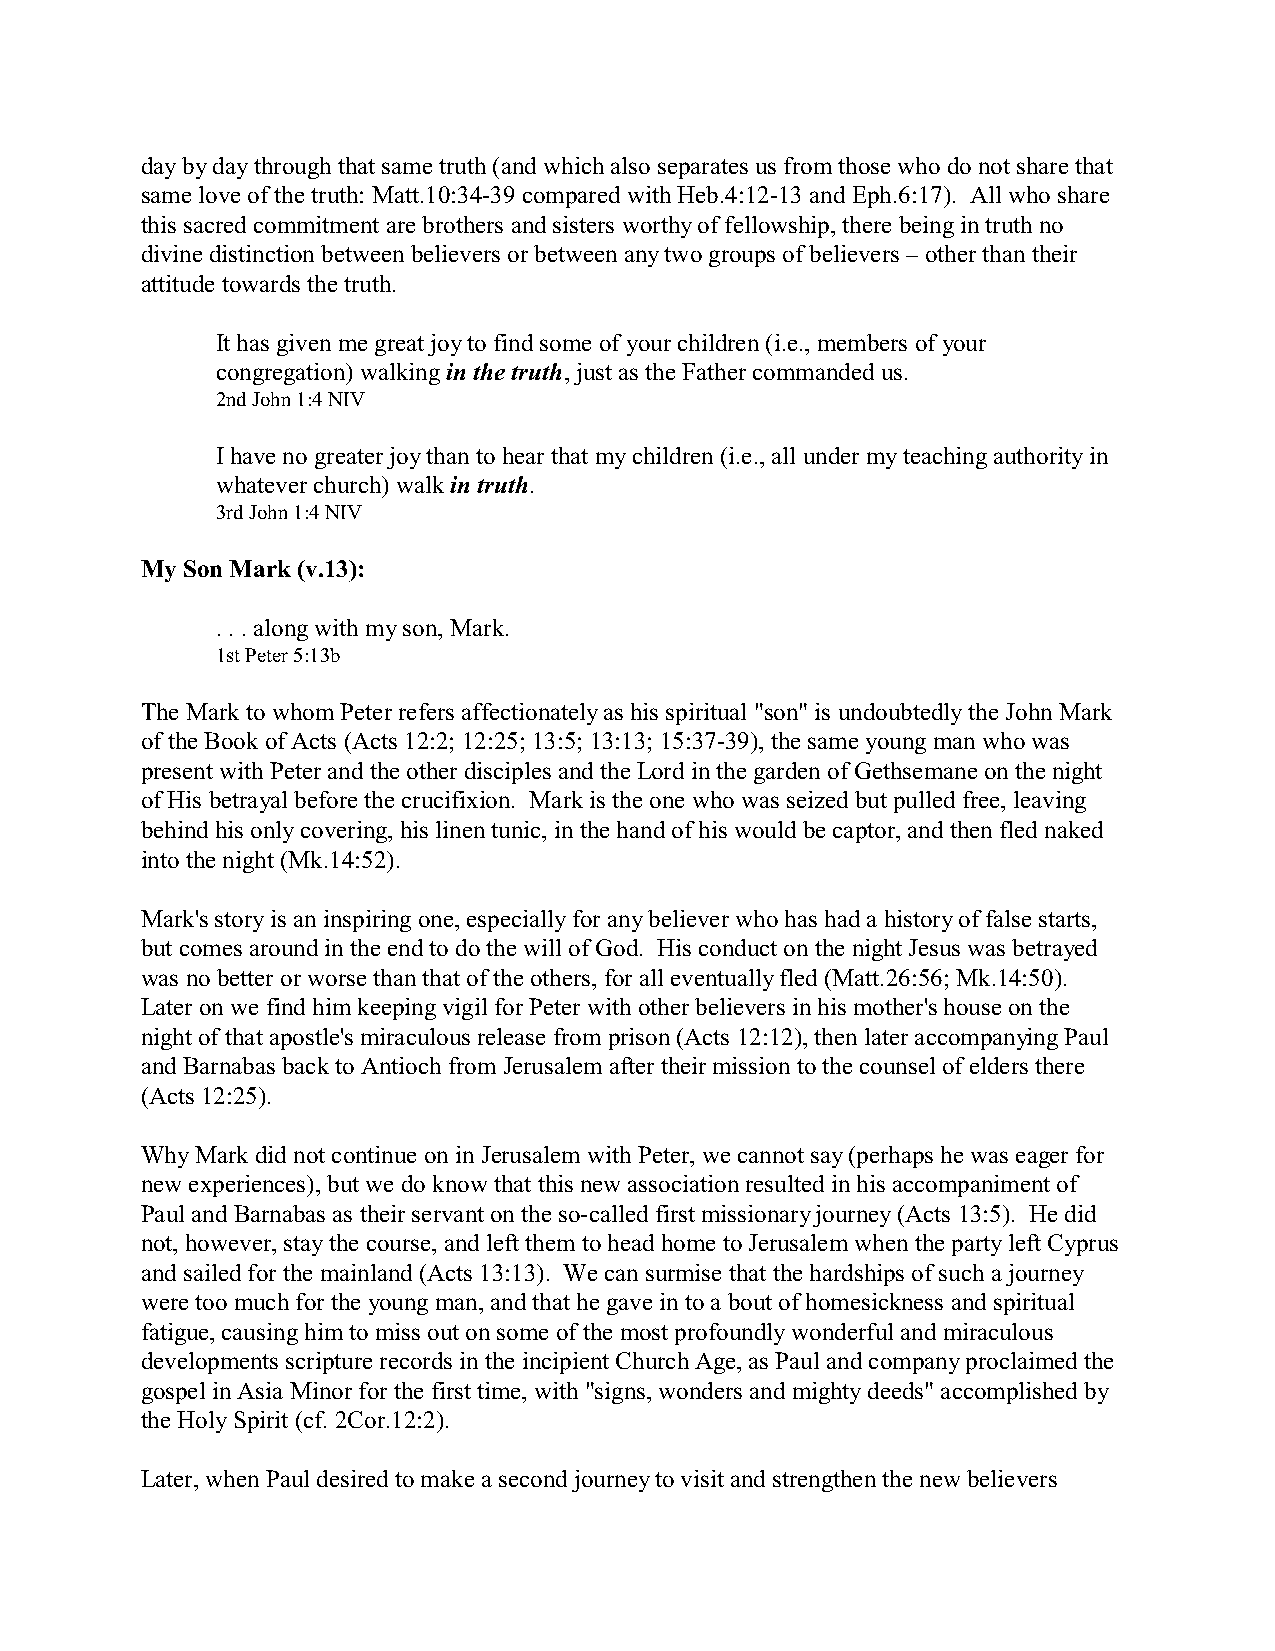
day by day through that same truth (and which also separates us from those who do not share that
 same love of the truth: Matt.10:34-39 compared with Heb.4:12-13 and Eph.6:17). All who share
 this sacred commitment are brothers and sisters worthy of fellowship, there being in truth no
 divine distinction between believers or between any two groups of believers – other than their
 attitude towards the truth.
 It has given me great joy to find some of your children (i.e., members of your
 congregation) walking in the truth, just as the Father commanded us.
 2nd John 1:4 NIV
 I have no greater joy than to hear that my children (i.e., all under my teaching authority in
 whatever church) walk in truth.
 3rd John 1:4 NIV
 My Son Mark (v.13):
 . . . along with my son, Mark.
 1st Peter 5:13b
 The Mark to whom Peter refers affectionately as his spiritual "son" is undoubtedly the John Mark
 of the Book of Acts (Acts 12:2; 12:25; 13:5; 13:13; 15:37-39), the same young man who was
 present with Peter and the other disciples and the Lord in the garden of Gethsemane on the night
 of His betrayal before the crucifixion. Mark is the one who was seized but pulled free, leaving
 behind his only covering, his linen tunic, in the hand of his would be captor, and then fled naked
 into the night (Mk.14:52).
 Mark's story is an inspiring one, especially for any believer who has had a history of false starts,
 but comes around in the end to do the will of God. His conduct on the night Jesus was betrayed
 was no better or worse than that of the others, for all eventually fled (Matt.26:56; Mk.14:50).
 Later on we find him keeping vigil for Peter with other believers in his mother's house on the
 night of that apostle's miraculous release from prison (Acts 12:12), then later accompanying Paul
 and Barnabas back to Antioch from Jerusalem after their mission to the counsel of elders there
 (Acts 12:25).
 Why Mark did not continue on in Jerusalem with Peter, we cannot say (perhaps he was eager for
 new experiences), but we do know that this new association resulted in his accompaniment of
 Paul and Barnabas as their servant on the so-called first missionary journey (Acts 13:5). He did
 not, however, stay the course, and left them to head home to Jerusalem when the party left Cyprus
 and sailed for the mainland (Acts 13:13). We can surmise that the hardships of such a journey
 were too much for the young man, and that he gave in to a bout of homesickness and spiritual
 fatigue, causing him to miss out on some of the most profoundly wonderful and miraculous
 developments scripture records in the incipient Church Age, as Paul and company proclaimed the
 gospel in Asia Minor for the first time, with "signs, wonders and mighty deeds" accomplished by
 the Holy Spirit (cf. 2Cor.12:2).
 Later, when Paul desired to make a second journey to visit and strengthen the new believers